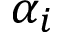
\alpha _ { i }